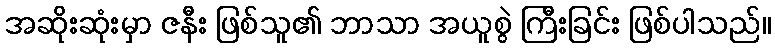
အဆိုးဆုံးမှာ ဇနီး ဖြစ်သူ၏ ဘာသာ အယူစွဲ ကြီးခြင်း ဖြစ်ပါသည်။